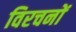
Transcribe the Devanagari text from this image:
विरचनों